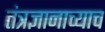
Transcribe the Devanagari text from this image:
तंत्रज्ञानाच्याच